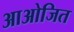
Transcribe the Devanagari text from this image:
आओजित